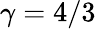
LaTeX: \gamma=4/3